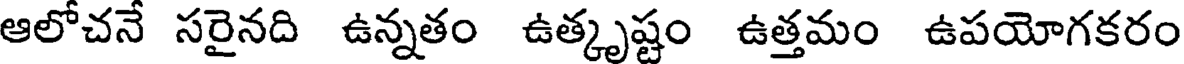
ఆలోచనే సరైనది ఉన్నతం ఉత్కృష్టం ఉత్తమం ఉపయోగకరం